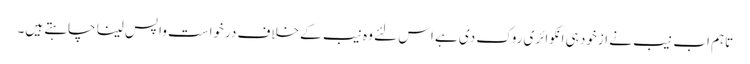
تاہم اب نیب نے ازخود ہی انکوائری روک دی ہے اس لئے وہ نیب کے خلاف درخواست واپس لینا چاہتے ہیں۔